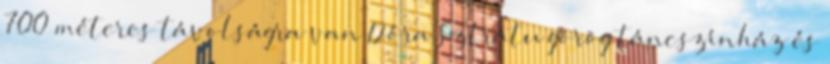
700 méteres távolságra van Dóra Sztrátu görög táncszínház és